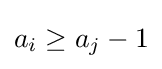
a_{i}\geq a_{j}-1